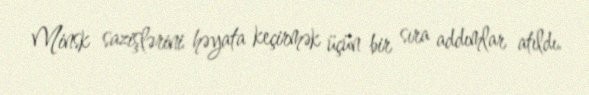
Minsk sazişlərini həyata keçirmək üçün bir sıra addımlar atıldı.